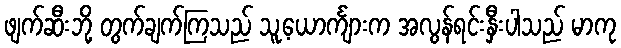
ဖျက်ဆီးဘို့ တွက်ချက်ကြသည် သူ့ယောင်္ကျားက အလွန်ရင်းနှီးပါသည် မာကု